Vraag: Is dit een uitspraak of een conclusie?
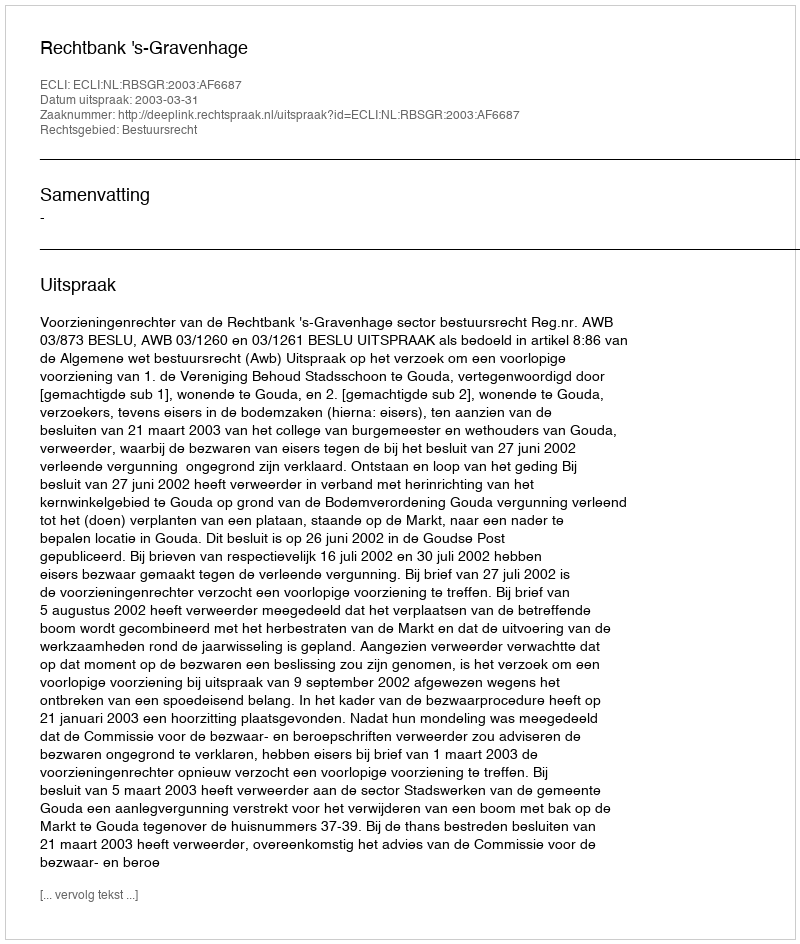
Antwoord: Uitspraak